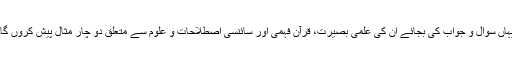
یہاں سوال و جواب کی بجائے ان کی علمی بصیرت، قرآن فہمی اور سائنسی اصطلاحات و علوم سے متعلق دو چار مثال پیش کروں گا۔